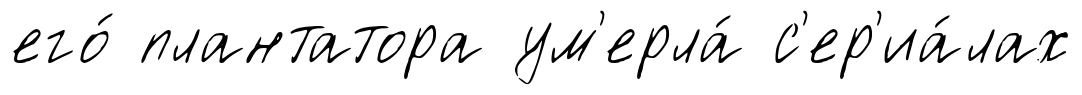
его́ плантатора ум'ерла́ с'ер'иа́лах